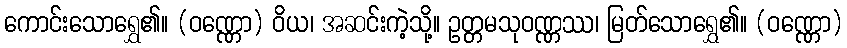
ကောင်းသောရွှေ၏။ (ဝဏ္ဏော) ဝိယ၊ အဆင်းကဲ့သို့။ ဥတ္တမသုဝဏ္ဏဿ၊ မြတ်သောရွှေ၏။ (ဝဏ္ဏော)